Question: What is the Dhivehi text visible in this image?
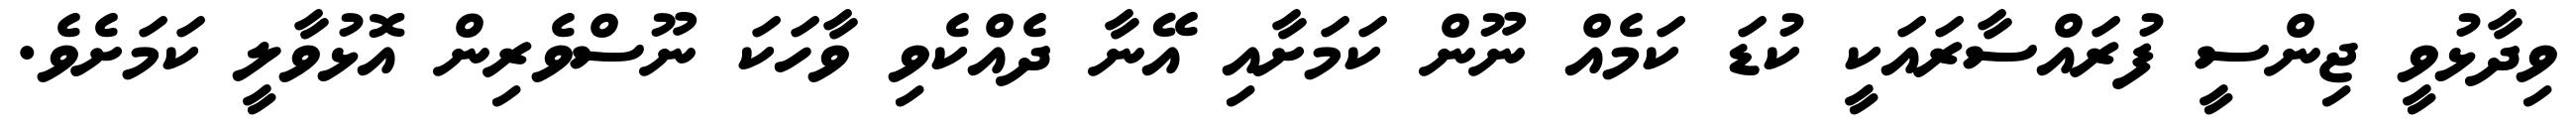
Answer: ވިދާޅުވީ ޖިންސީ ފުރައްސާރައަކީ ކުޑަ ކަމެއް ނޫން ކަމަށާއި އޭނާ ދެއްކެވި ވާހަކަ ނޫސްވެރިން އޮޅުވާލީ ކަމަށެވެ.